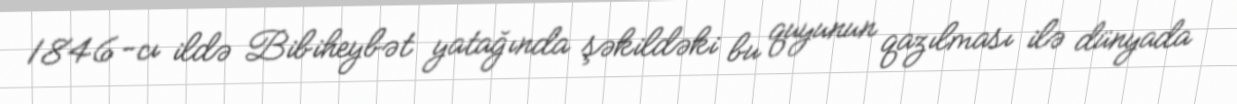
1846-cı ildə Bibiheybət yatağında şəkildəki bu quyunun qazılması ilə dünyada